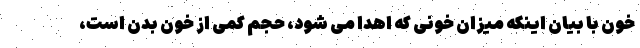
خون با بیان اینکه میزان خونی که اهدا می شود، حجم کمی از خون بدن است،